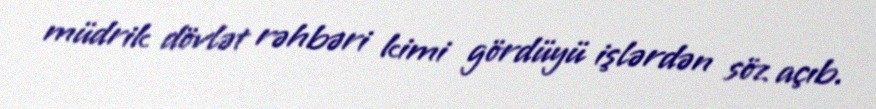
müdrik dövlət rəhbəri kimi gördüyü işlərdən söz açıb.